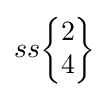
ss{\begin{Bmatrix}2\\4\end{Bmatrix}}